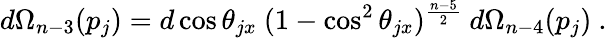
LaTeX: d\Omega_{n-3}(p_{j})=d\cos\theta_{jx}\ (1-\cos^{2}\theta_{jx})^{\frac{n-5}{2}}\ d\Omega_{n-4}(p_{j})\ .